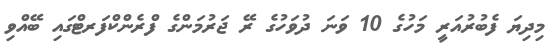
މިދިޔަ ފެބުރުއަރީ މަހުގެ 10 ވަނަ ދުވަހުގެ ރޭ ޖަރުމަންގެ ފްރެންކްފަރޓްގައި ބޭއްވި